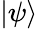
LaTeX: \mathinner{|{\psi}\rangle}